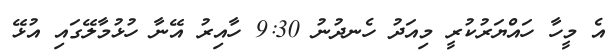
އެ މީހާ ހައްޔަރުކުރީ މިއަދު ހެނދުނު 9:30 ހާއިރު އޭނާ ހުޅުމާލޭގައި އުޅޭ